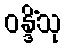
ဝန္ဒိံသု